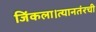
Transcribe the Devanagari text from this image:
जिंकला।त्यानतंरची